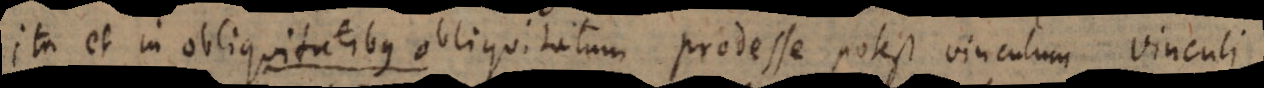
Ita et in obliquitatibus obliquitatum prodesse potest vinculum vinculi.